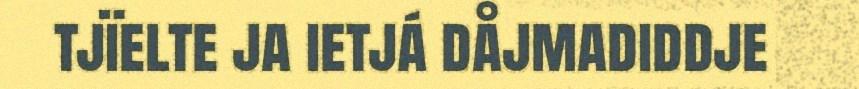
tjïelte ja ietjá dåjmadiddje